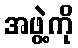
အဖွဲ့ကို